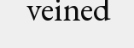
veined